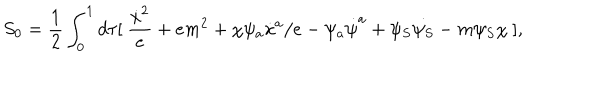
S _ { 0 } = \frac { 1 } { 2 } \int _ { 0 } ^ { 1 } d \tau [ ~ \frac { \dot { x } ^ { 2 } } { e } + e m ^ { 2 } + \chi \psi _ { a } \dot { x } ^ { a } / e - \psi _ { a } \dot { \psi } ^ { a } + \psi _ { S } \dot { \psi _ { S } } - m \psi _ { S } \chi ~ ] ,